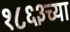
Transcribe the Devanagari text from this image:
१८६३च्या